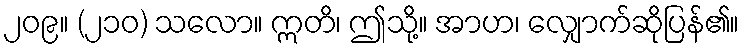
၂၀၉။ (၂၁၀) သလော။ ဣတိ၊ ဤသို့။ အာဟ၊ လျှောက်ဆိုပြန်၏။